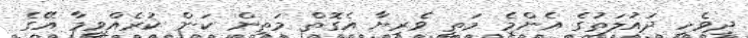
ދިވެހި ދައުލަތުގެ އެންމެ މަތީ ވެރިޔާ އެގޮތް މަތިން ކަން ކުރެއްވީމާ އޭގެ